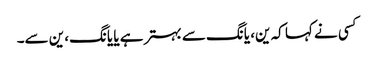
کسی نے کہا کہ ین، یانگ سے بہتر ہے یا یانگ، ین سے۔